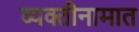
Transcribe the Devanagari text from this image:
व्यक्तीनामात